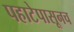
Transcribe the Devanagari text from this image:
पहाटेपासूनच